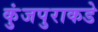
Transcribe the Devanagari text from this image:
कुंजपुराकडे